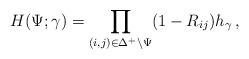
LaTeX: \begin{align*}H(\Psi;\gamma)&= \prod_{(i,j) \in \Delta^+ \setminus \Psi} (1-{R}_{i j})h_\gamma\,,\end{align*}